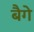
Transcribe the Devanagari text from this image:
बैगे